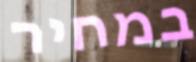
במחיר